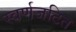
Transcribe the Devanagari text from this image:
स्वर्णजटित